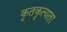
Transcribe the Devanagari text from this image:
कृतकृत्यता